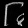
Digit: ၆